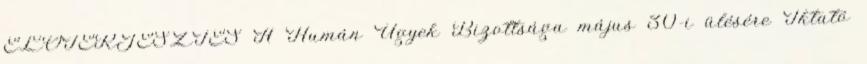
ELŐTERJESZTÉS A Humán Ügyek Bizottsága május 30-i ülésére Iktató